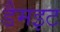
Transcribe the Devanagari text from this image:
डैमइट